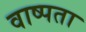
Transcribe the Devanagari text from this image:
वाष्पता